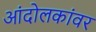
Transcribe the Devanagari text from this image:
आंदोलकांवर